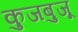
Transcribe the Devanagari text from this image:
कुजबुजू